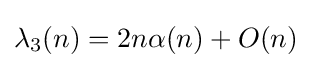
\lambda _{3}(n)=2n\alpha (n)+O(n)